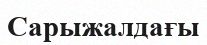
Сарыжалдағы